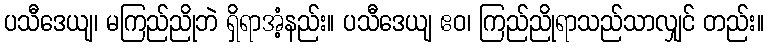
ပသီဒေယျ၊ မကြည်ညိုဘဲ ရှိရာအံ့နည်း။ ပသီဒေယျ ဧဝ၊ ကြည်ညိုရာသည်သာလျှင် တည်း။